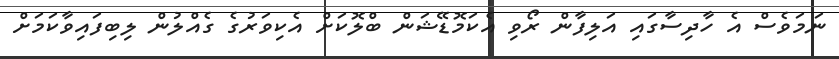
ނަމަވެސް އެ ހާދިސާގައި އަލިފާން ރޯވި އެކަމޮޑޭޝަން ބްލޮކަށް އެކިވަރުގެ ގެއްލުން ލިބިފައިވާކަމަށް